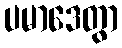
ပမာဒေတွာ